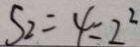
S _ { 2 } = 4 = 2 ^ { 2 }